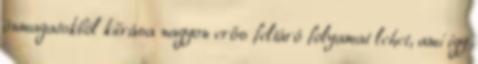
önmagatokból kiírása nagyon erős feltáró folyamat lehet, ami így